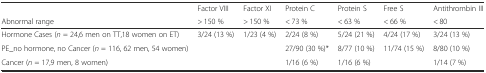
|  | Factor VIII | Factor XI | Protein C | Protein S | Free S | Antithrombin III |
 | Abnormal range | > 150 % | > 150 % | < 73 % | < 63 % | < 66 % | < 80 |
 | --- | --- | --- | --- | --- | --- | --- |
 | Hormone Cases (n = 24,6 men on TT,18 women on ET) | 3/24 (13 %) | 1/23 (4 %) | 2/24 (8 %) | 5/24 (21 %) | 4/24 (17 %) | 3/24 (13 %) |
 | PE_no hormone, no Cancer (n = 116, 62 men, 54 women) |  |  | 27/90 (30 %)* | 8/77 (10 %) | 11/74 (15 %) | 8/80 (10 %) |
 | Cancer (n = 17,9 men, 8 women) |  |  | 1/16 (6 %) | 1/16 (6 %) |  | 1/14 (7 %) |